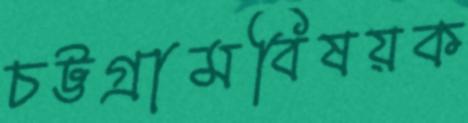
চট্টগ্রামবিষয়ক